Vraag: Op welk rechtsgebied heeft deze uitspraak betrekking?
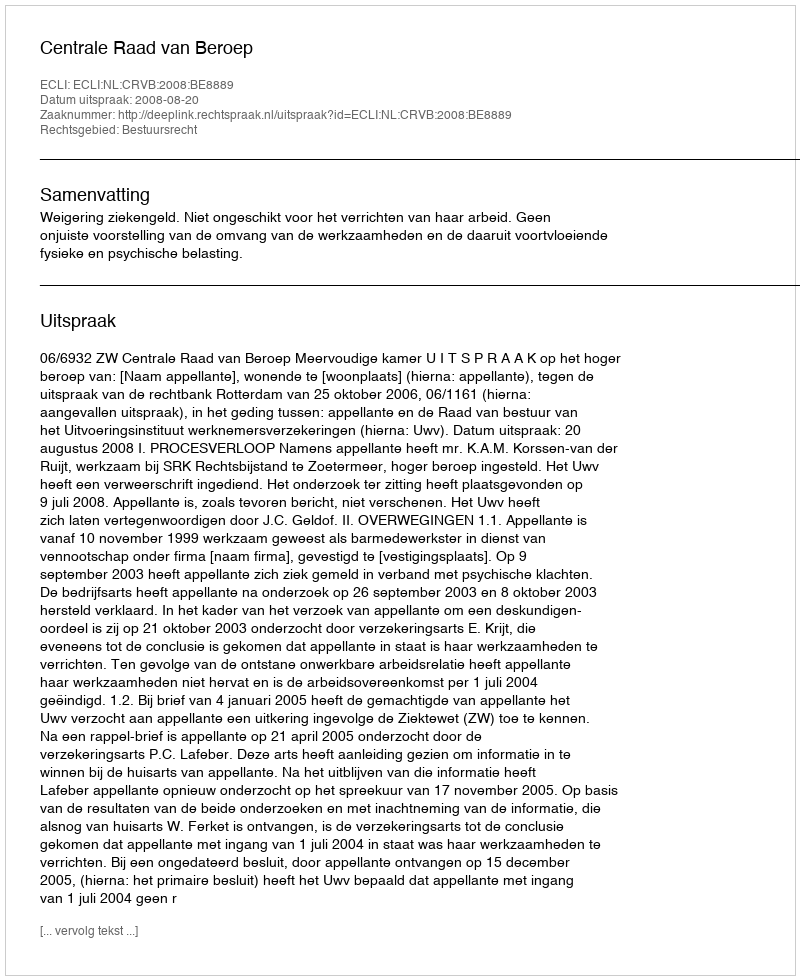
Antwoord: Bestuursrecht